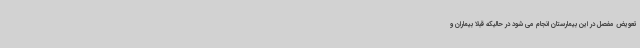
تعویض مفصل در این بیمارستان انجام می شود در حالیکه قبلا بیماران و